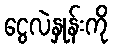
ငွေလဲနှုန်းကို